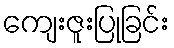
ကျေးဇူးပြုခြင်း